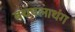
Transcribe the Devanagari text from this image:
बथपलाथंग